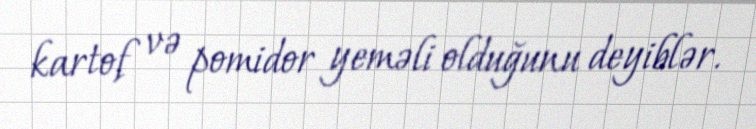
kartof və pomidor yeməli olduğunu deyiblər.